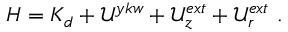
{ \cal { H } } = { \cal { K } } _ { d } + { { \mathcal { U } } ^ { y k w } } + { \mathcal { U } } _ { z } ^ { e x t } + { \mathcal { U } } _ { r } ^ { e x t } ~ { . }